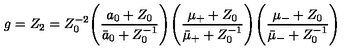
g = Z _ { 2 } = Z _ { 0 } ^ { - 2 } \Biggl ( \frac { a _ { 0 } + Z _ { 0 } } { \bar { a } _ { 0 } + Z _ { 0 } ^ { - 1 } } \Biggr ) \Biggl ( \frac { \mu _ { + } + Z _ { 0 } } { \bar { \mu } _ { + } + Z _ { 0 } ^ { - 1 } } \Biggr ) \Biggl ( \frac { \mu _ { - } + Z _ { 0 } } { \bar { \mu } _ { - } + Z _ { 0 } ^ { - 1 } } \Biggr )